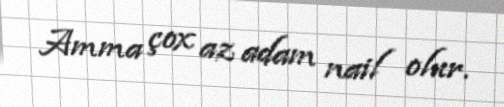
Amma çox az adam nail olur.